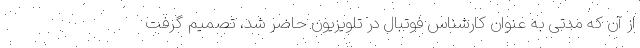
از آن که مدتی به عنوان کارشناس فوتبال در تلویزیون حاضر شد، تصمیم گرفت